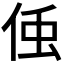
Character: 𬾓